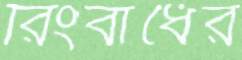
রিংবাঁধের